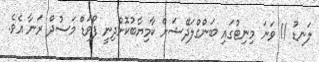
ލަނޑު 11 ވަނަ މިނިޓުގައި ބަންގްލަދޭޝަށް ކާމިޔާބުކޮށްދިނީ ފޯވަޑް މަސުދް ރަނާ އެވެ.